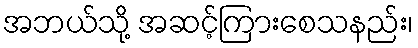
အဘယ်သို့ အဆင့်ကြားစေသနည်း၊